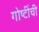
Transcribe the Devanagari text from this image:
गोष्‍टींची